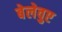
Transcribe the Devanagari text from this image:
बेलेवुए